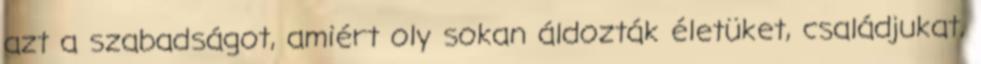
azt a szabadságot, amiért oly sokan áldozták életüket, családjukat,